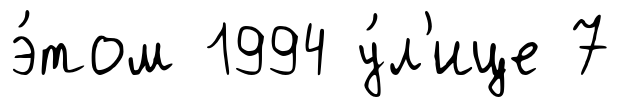
э́том 1994 у́л'ице 7